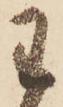
わ